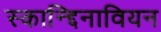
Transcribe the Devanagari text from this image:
स्कान्द्दिनावियन